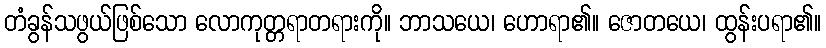
တံခွန်သဖွယ်ဖြစ်သော လောကုတ္တရာတရားကို။ ဘာသယေ၊ ဟောရာ၏။ ဇောတယေ၊ ထွန်းပရာ၏။